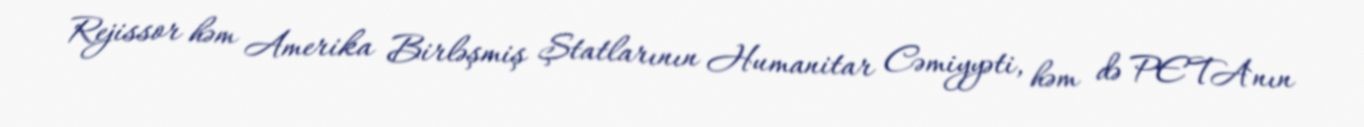
Rejissor həm Amerika Birləşmiş Ştatlarının Humanitar Cəmiyyəti, həm də PETA`nın